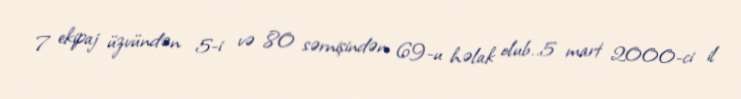
7 ekipaj üzvündən 5-i və 80 sərnişindən 69-u həlak olub..5 mart 2000-ci il